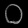
Digit: ၀